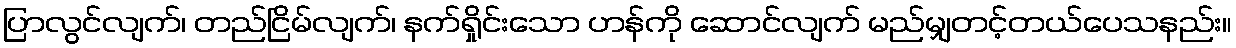
ပြာလွင်လျက်၊ တည်ငြိမ်လျက်၊ နက်ရှိုင်းသော ဟန်ကို ဆောင်လျက် မည်မျှတင့်တယ်ပေသနည်း။